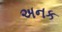
અનક